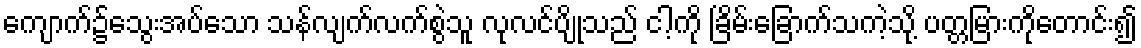
ကျောက်၌သွေးအပ်သော သန်လျက်လက်စွဲသူ လုလင်ပျိုသည် ငါ့ကို ခြိမ်းခြောက်သကဲ့သို့ ပတ္တမြားကိုတောင်း၍